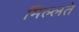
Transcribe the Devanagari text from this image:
मिल्लते